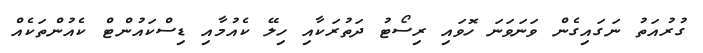
ގުރުއަތު ނަގައިގެން ވަނަވަނަ ހޮވައި ރިސޯޓު ދަތުރަކާއި ހިލޭ ކެއުމާއި ޑިސްކައުންޓް ކެއުންތަކެއް